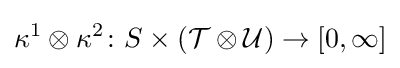
\kappa ^{1}\otimes \kappa ^{2}\colon S\times ({\mathcal {T}}\otimes {\mathcal {U}})\to [0,\infty ]